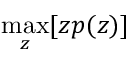
\operatorname* { m a x } _ { z } [ z p ( z ) ]